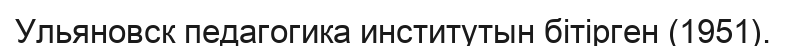
Ульяновск педагогика институтын бітірген (1951).